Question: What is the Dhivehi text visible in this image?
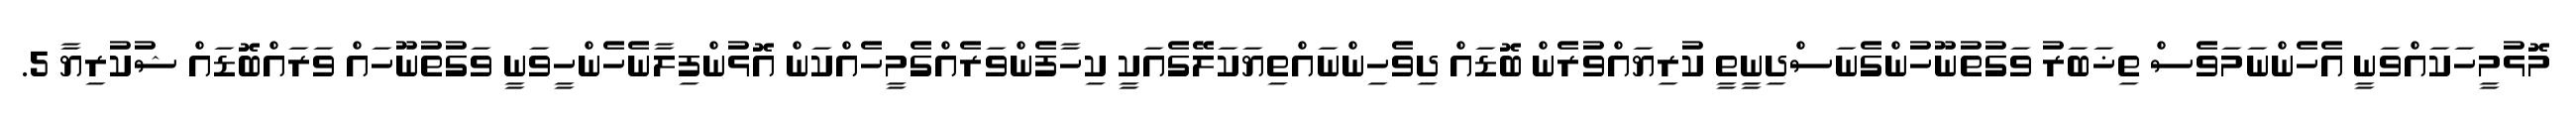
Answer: މޮޅުމީހަކައްވަނީ އެހެންނަމަވެސް ތިޚަބަރު ވަގުތުނޫހުންގެނަސްދިނީތީ ކުރިޔައްވުރެން ބޮޑައް ދިވެހިންނައްތިޔަކަލޭގެއަކީ ކިހާފެންވަރެއްގެމީހެއްކަން އޮޅުންފިލާނެހެންހީވަނީ ވަގުތުނޫހައް ވަރައްބޮޑައް ޝުކުރިޔާ 5.